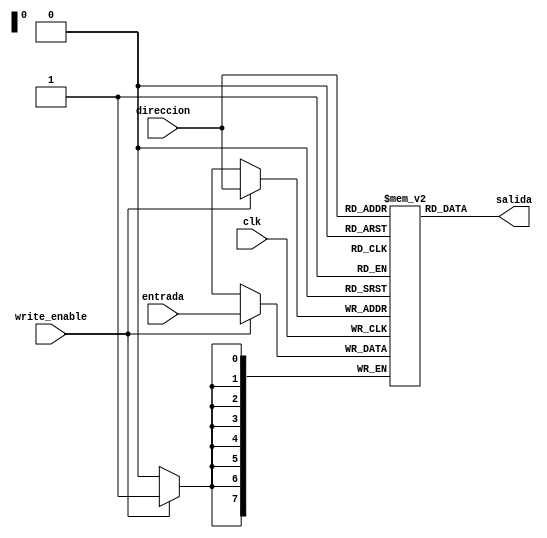
module memdata(
    output wire [7:0] salida,
    input [7:0] direccion,
    input [7:0] entrada, 
    input write_enable,
    input clk
);
    reg [7:0] memoria [0:255];

    always @(posedge clk) begin
        if (write_enable) begin
            memoria[direccion] <= entrada;
        end
    end

assign salida = memoria[direccion];

endmodule